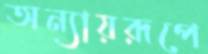
অন্যায়রূপে